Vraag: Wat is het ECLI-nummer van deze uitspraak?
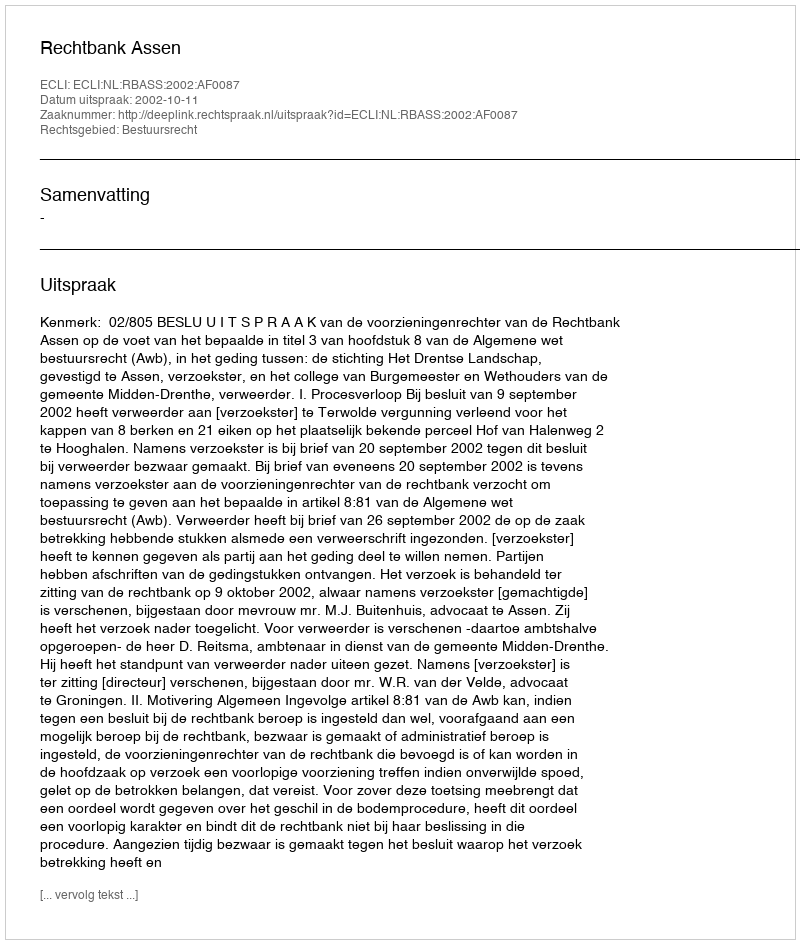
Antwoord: ECLI:NL:RBASS:2002:AF0087